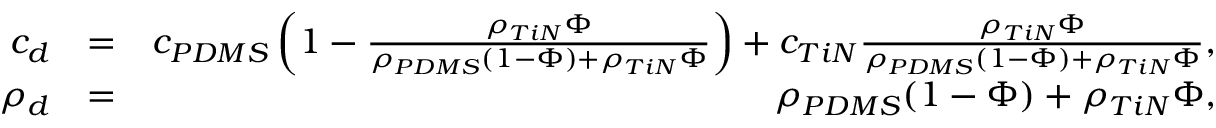
\begin{array} { r l r } { c _ { d } } & { = } & { c _ { P D M S } \left( 1 - \frac { \rho _ { T i N } \Phi } { \rho _ { P D M S } ( 1 - \Phi ) + \rho _ { T i N } \Phi } \right) + c _ { T i N } \frac { \rho _ { T i N } \Phi } { \rho _ { P D M S } ( 1 - \Phi ) + \rho _ { T i N } \Phi } , } \\ { \rho _ { d } } & { = } & { \rho _ { P D M S } ( 1 - \Phi ) + \rho _ { T i N } \Phi , } \end{array}